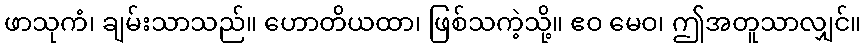
ဖာသုကံ၊ ချမ်းသာသည်။ ဟောတိယထာ၊ ဖြစ်သကဲ့သို့။ ဧဝ မေဝ၊ ဤအတူသာလျှင်။